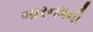
બારનમની